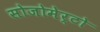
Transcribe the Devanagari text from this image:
सोजोमेर्टो